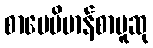
စာပေဗိမာန်စာမူဆု